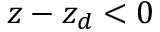
z - z _ { d } < 0